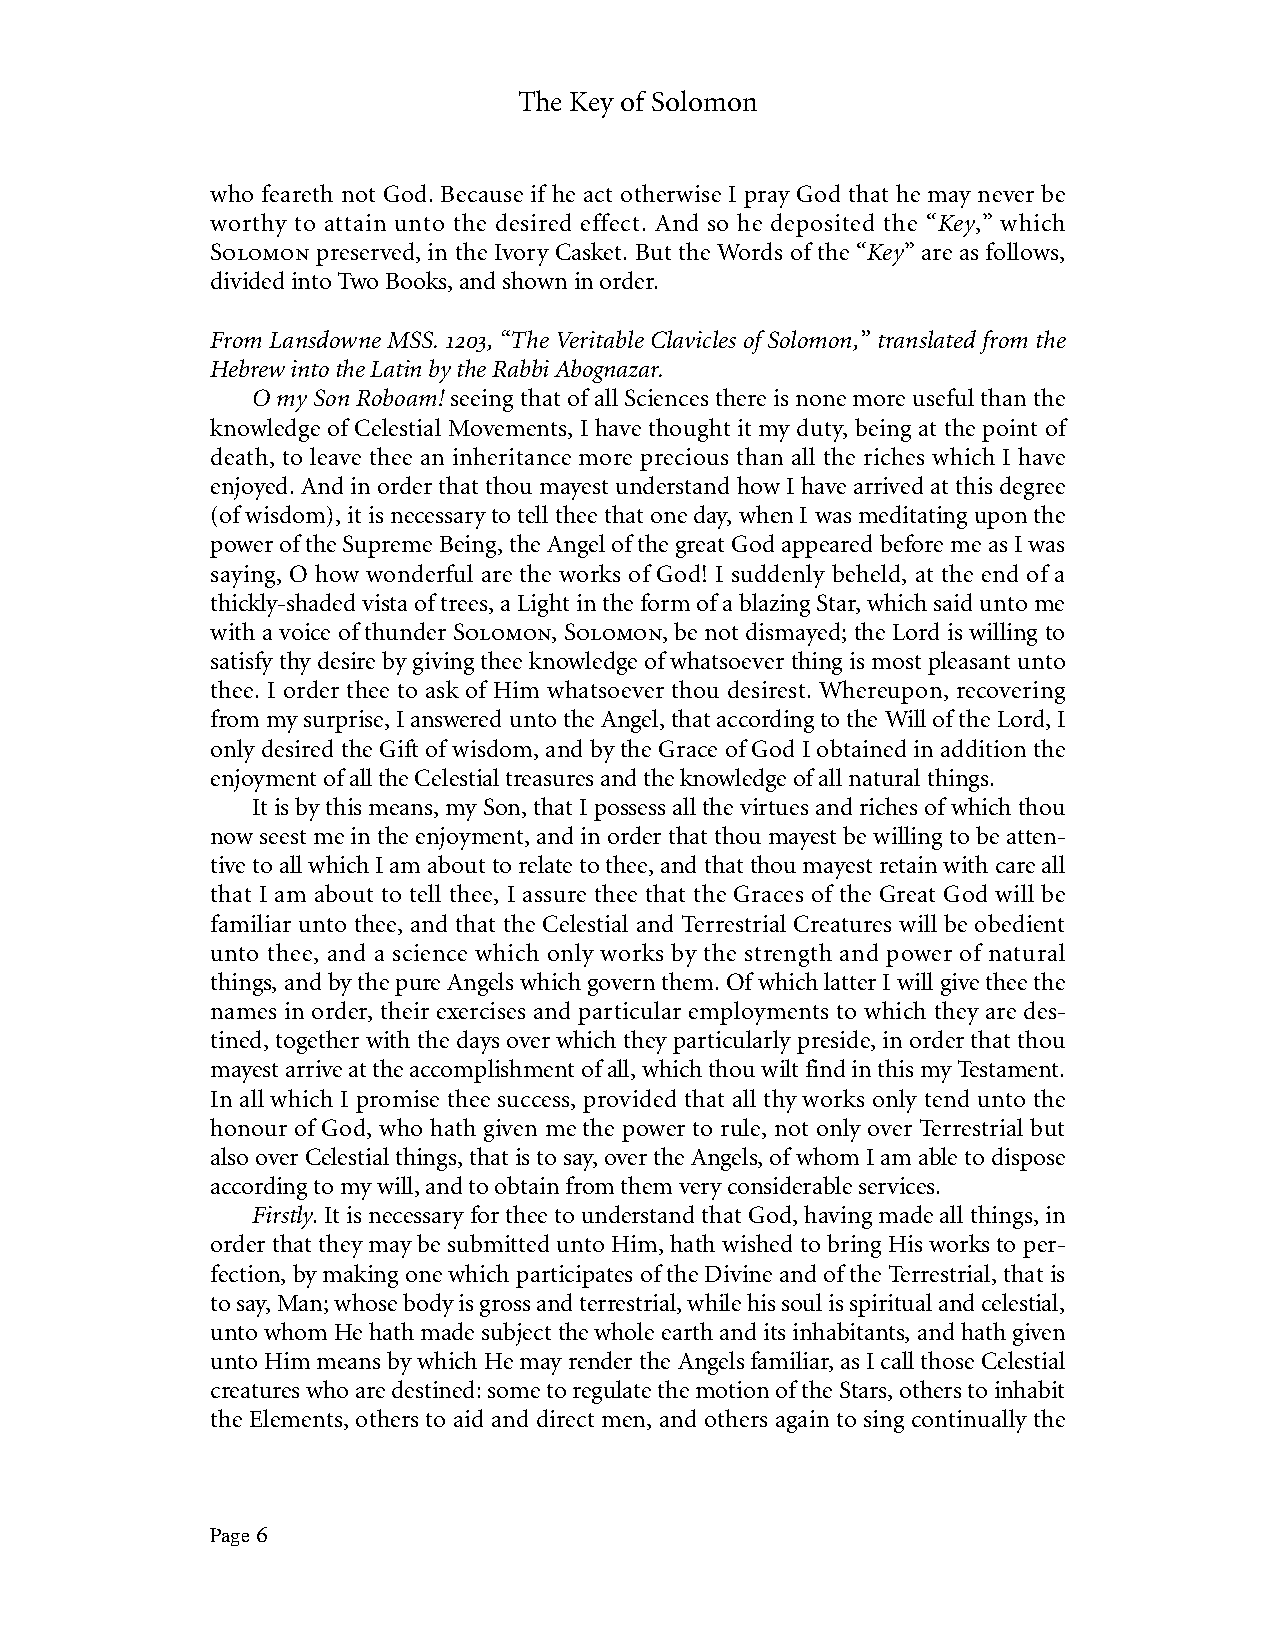
The Key of Solomon
 who feareth not God. Because if he act otherwise I pray God that he may never be
 worthy to attain unto the desired effect. And so he deposited the “Key,” which
 Solomon preserved, in the Ivory Casket. But the Words of the “Key” are as follows,
 divided into Two Books, and shown in order.
 From Lansdowne MSS. 1203, “The Veritable Clavicles of Solomon,” translated from the
 Hebrew into the Latin by the Rabbi Abognazar.
 O my Son Roboam! seeing that of all Sciences there is none more useful than the
 knowledge of Celestial Movements, I have thought it my duty, being at the point of
 death, to leave thee an inheritance more precious than all the riches which I have
 enjoyed. And in order that thou mayest understand how I have arrived at this degree
 (of wisdom), it is necessary to tell thee that one day, when I was meditating upon the
 power of the Supreme Being, the Angel of the great God appeared before me as I was
 saying, O how wonderful are the works of God! I suddenly beheld, at the end of a
 thickly-shaded vista of trees, a Light in the form of a blazing Star, which said unto me
 with a voice of thunder Solomon, Solomon, be not dismayed; the Lord is willing to
 satisfy thy desire by giving thee knowledge of whatsoever thing is most pleasant unto
 thee. I order thee to ask of Him whatsoever thou desirest. Whereupon, recovering
 from my surprise, I answered unto the Angel, that according to the Will of the Lord, I
 only desired the Gift of wisdom, and by the Grace of God I obtained in addition the
 enjoyment of all the Celestial treasures and the knowledge of all natural things.
 It is by this means, my Son, that I possess all the virtues and riches of which thou
 now seest me in the enjoyment, and in order that thou mayest be willing to be atten-
 tive to all which I am about to relate to thee, and that thou mayest retain with care all
 that I am about to tell thee, I assure thee that the Graces of the Great God will be
 familiar unto thee, and that the Celestial and Terrestrial Creatures will be obedient
 unto thee, and a science which only works by the strength and power of natural
 things, and by the pure Angels which govern them. Of which latter I will give thee the
 names in order, their exercises and particular employments to which they are des-
 tined, together with the days over which they particularly preside, in order that thou
 mayest arrive at the accomplishment of all, which thou wilt find in this my Testament.
 In all which I promise thee success, provided that all thy works only tend unto the
 honour of God, who hath given me the power to rule, not only over Terrestrial but
 also over Celestial things, that is to say, over the Angels, of whom I am able to dispose
 according to my will, and to obtain from them very considerable services.
 Firstly. It is necessary for thee to understand that God, having made all things, in
 order that they may be submitted unto Him, hath wished to bring His works to per-
 fection, by making one which participates of the Divine and of the Terrestrial, that is
 to say, Man; whose body is gross and terrestrial, while his soul is spiritual and celestial,
 unto whom He hath made subject the whole earth and its inhabitants, and hath given
 unto Him means by which He may render the Angels familiar, as I call those Celestial
 creatures who are destined: some to regulate the motion of the Stars, others to inhabit
 the Elements, others to aid and direct men, and others again to sing continually the
 Page 6